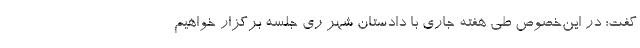
گفت: در این‌خصوص طی هفته جاری با دادستان شهر ری جلسه برگزار خواهیم